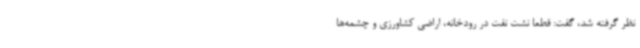
نظر گرفته شد، گفت: قطعا نشت نفت در رودخانه، اراضی کشاورزی و چشمه‌ها